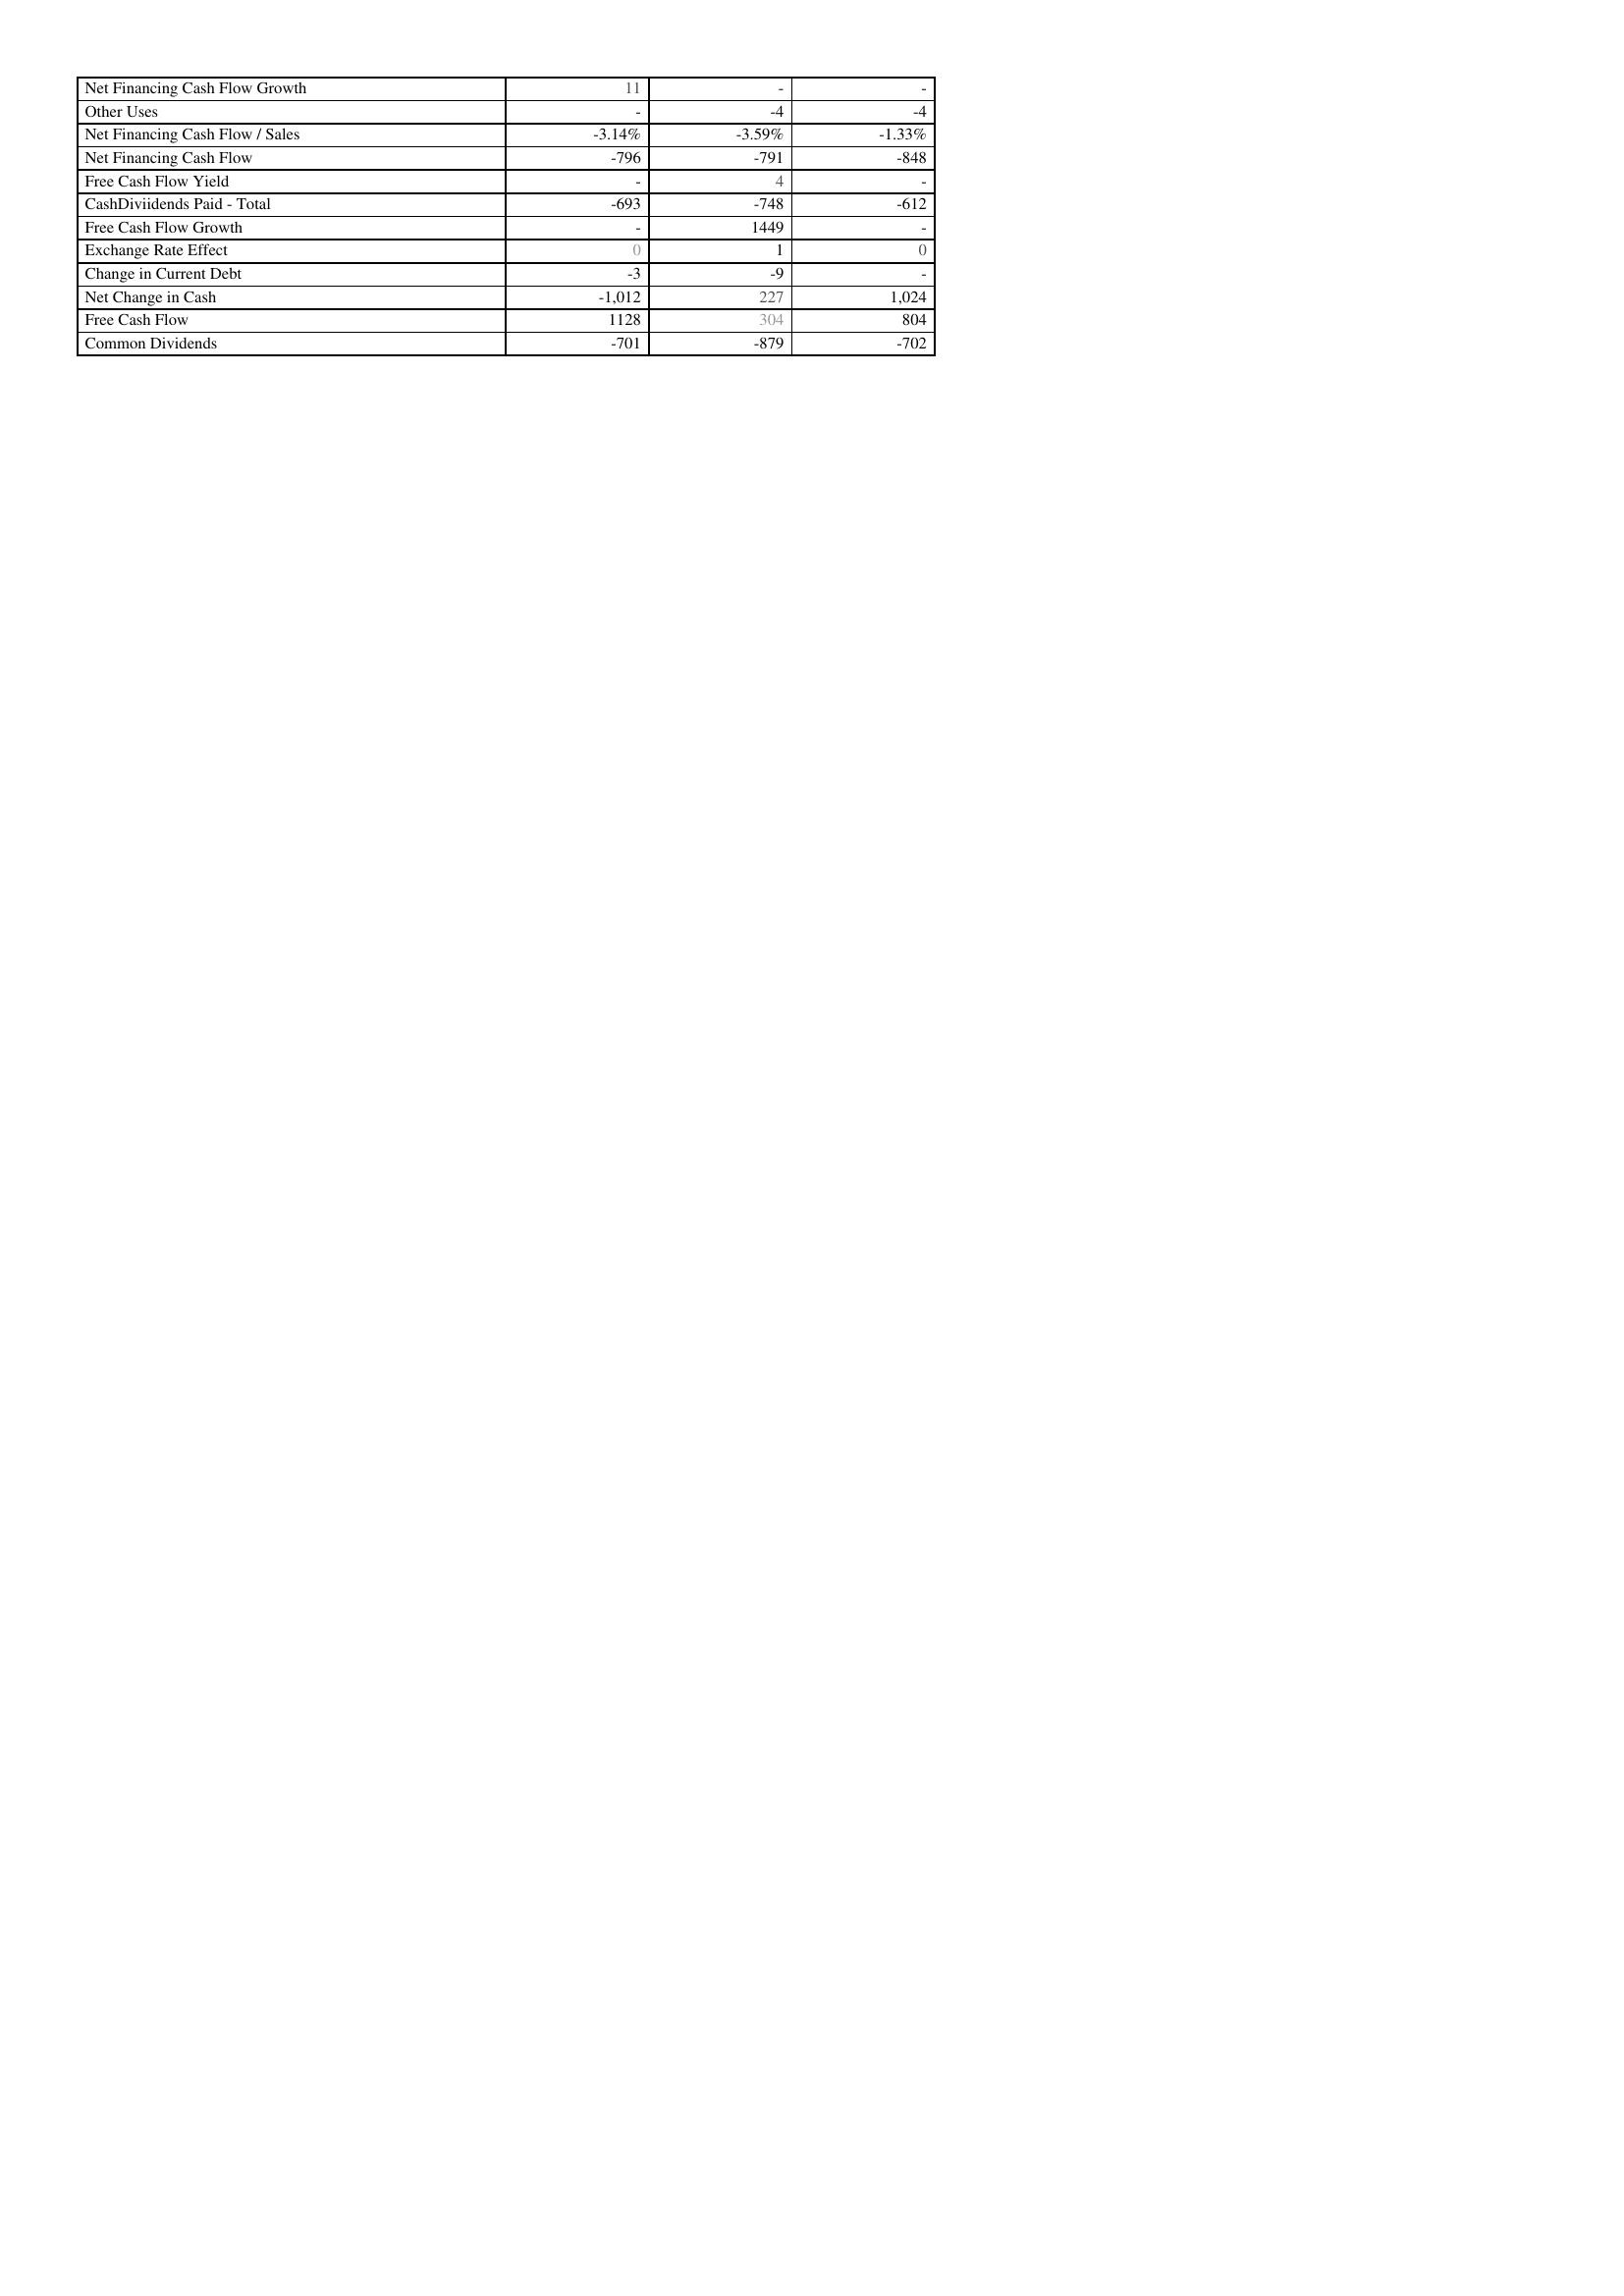
2022: Financing Activities: Net Financing Cash Flow Growth: 11
Other Uses: -
Net Financing Cash Flow / Sales: -3.14%
Net Financing Cash Flow: -796
Free Cash Flow Yield: -
CashDiviidends Paid - Total: -693
Free Cash Flow Growth: -
Exchange Rate Effect: 0
Change in Current Debt: -3
Net Change in Cash: -1,012
Free Cash Flow: 1128
Common Dividends: -701
2023: Financing Activities: Net Financing Cash Flow Growth: -
Other Uses: -4
Net Financing Cash Flow / Sales: -3.59%
Net Financing Cash Flow: -791
Free Cash Flow Yield: 4
CashDiviidends Paid - Total: -748
Free Cash Flow Growth: 1449
Exchange Rate Effect: 1
Change in Current Debt: -9
Net Change in Cash: 227
Free Cash Flow: 304
Common Dividends: -879
2024: Financing Activities: Net Financing Cash Flow Growth: -
Other Uses: -4
Net Financing Cash Flow / Sales: -1.33%
Net Financing Cash Flow: -848
Free Cash Flow Yield: -
CashDiviidends Paid - Total: -612
Free Cash Flow Growth: -
Exchange Rate Effect: 0
Change in Current Debt: -
Net Change in Cash: 1,024
Free Cash Flow: 804
Common Dividends: -702